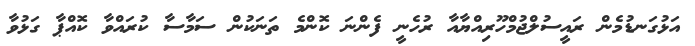
އަޅުގަނޑުމެން ރައީސުލްޖުމްހޫރިއްޔާއާ ރުހެނީ ފެންނަ ކޮންމެ ތަނަކުން ސަމާސާ ކުރައްވާ ކޮއްޕާ ގަޅުވާ